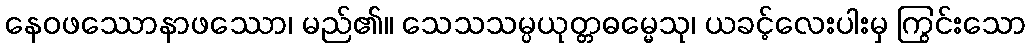
နေဝဖဿောနာဖဿော၊ မည်၏။ သေသသမ္ပယုတ္တဓမ္မေသု၊ ယခင့်လေးပါးမှ ကြွင်းသော